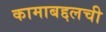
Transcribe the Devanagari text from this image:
कामाबद्दलची